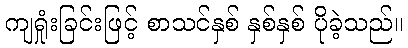
ကျရှုံးခြင်းဖြင့် စာသင်နှစ် နှစ်နှစ် ပိုခဲ့သည်။